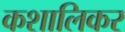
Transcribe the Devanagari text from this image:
कशालिकर